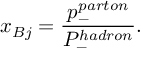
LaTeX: x _ { B j } = \frac { p _ { - } ^ { p a r t o n } } { P _ { - } ^ { h a d r o n } } .